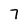
Character: 7